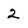
Character: 2